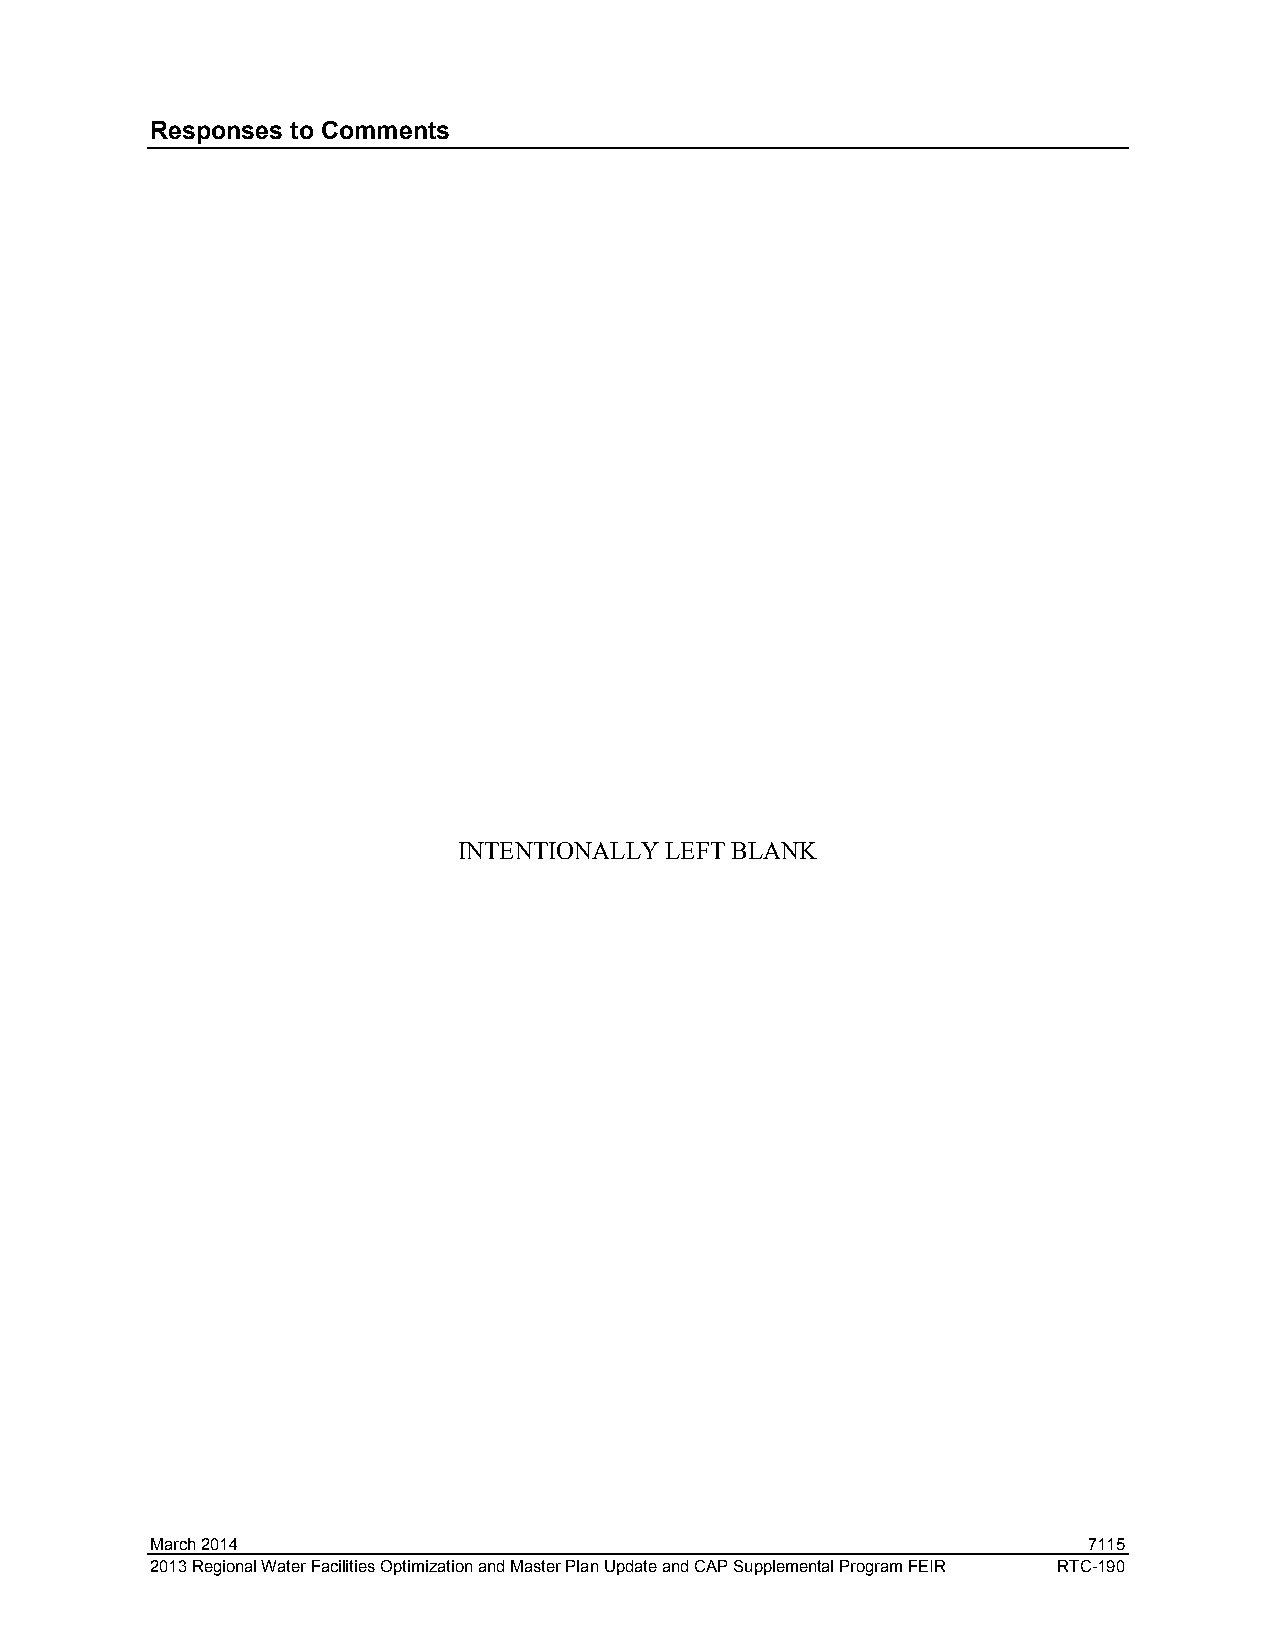
Responses to Comments
 INTENTIONALLY LEFT BLANK
 March 2014                                                    7115
 2013 Regional Water Facilities Optimization and Master Plan Update and CAP Supplemental Program FEIR RTC-190